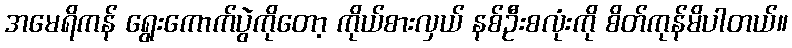
အမေရိကန် ရွေးကောက်ပွဲကိုတော့ ကိုယ်စားလှယ် နစ်ဦးစလုံးကို စိတ်ကုန်မိပါတယ်။